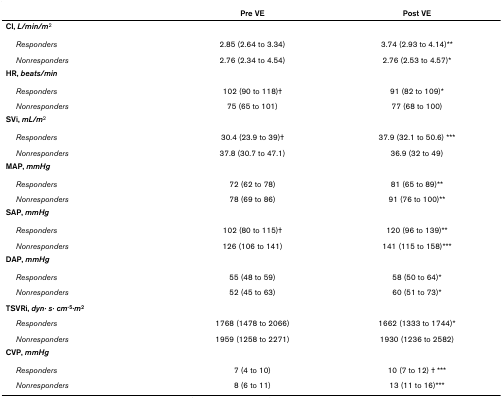
<table><thead><tr><td></td><td><b>Pre VE</b></td><td><b>Post VE</b></td></tr></thead><tbody><tr><td><b>CI, <i>L/min/m</i></b><sup>2</sup></td><td></td><td></td></tr><tr><td> <i>Responders</i></td><td>2.85 (2.64 to 3.34)</td><td>3.74 (2.93 to 4.14)**</td></tr><tr><td> <i>Nonresponders</i></td><td>2.76 (2.34 to 4.54)</td><td>2.76 (2.53 to 4.57)*</td></tr><tr><td><b>HR, <i>beats/min</i></b></td><td></td><td></td></tr><tr><td> <i>Responders</i></td><td>102 (90 to 118)†</td><td>91 (82 to 109)*</td></tr><tr><td> <i>Nonresponders</i></td><td>75 (65 to 101)</td><td>77 (68 to 100)</td></tr><tr><td><b>SVi, <i>mL/m</i></b><sup>2</sup></td><td></td><td></td></tr><tr><td> <i>Responders</i></td><td>30.4 (23.9 to 39)†</td><td>37.9 (32.1 to 50.6) ***</td></tr><tr><td> <i>Nonresponders</i></td><td>37.8 (30.7 to 47.1)</td><td>36.9 (32 to 49)</td></tr><tr><td><b>MAP, <i>mmHg</i></b></td><td></td><td></td></tr><tr><td> <i>Responders</i></td><td>72 (62 to 78)</td><td>81 (65 to 89)**</td></tr><tr><td> <i>Nonresponders</i></td><td>78 (69 to 86)</td><td>91 (76 to 100)**</td></tr><tr><td><b>SAP, <i>mmHg</i></b></td><td></td><td></td></tr><tr><td> <i>Responders</i></td><td>102 (80 to 115)†</td><td>120 (96 to 139)**</td></tr><tr><td> <i>Nonresponders</i></td><td>126 (106 to 141)</td><td>141 (115 to 158)***</td></tr><tr><td><b>DAP, <i>mmHg</i></b></td><td></td><td></td></tr><tr><td> <i>Responders</i></td><td>55 (48 to 59)</td><td>58 (50 to 64)*</td></tr><tr><td> <i>Nonresponders</i></td><td>52 (45 to 63)</td><td>60 (51 to 73)*</td></tr><tr><td><b>TSVRi, <i>dyn· s· cm</i><sup>-5</sup>·<i>m</i><sup>2</sup></b></td><td></td><td></td></tr><tr><td> <i>Responders</i></td><td>1768 (1478 to 2066)</td><td>1662 (1333 to 1744)*</td></tr><tr><td> <i>Nonresponders</i></td><td>1959 (1258 to 2271)</td><td>1930 (1236 to 2582)</td></tr><tr><td><b>CVP, <i>mmHg</i></b></td><td></td><td></td></tr><tr><td> <i>Responders</i></td><td>7 (4 to 10)</td><td>10 (7 to 12) † ***</td></tr><tr><td> <i>Nonresponders</i></td><td>8 (6 to 11)</td><td>13 (11 to 16)***</td></tr></tbody></table>